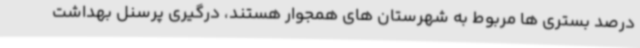
درصد بستری ها مربوط به شهرستان های همجوار هستند، درگیری پرسنل بهداشت